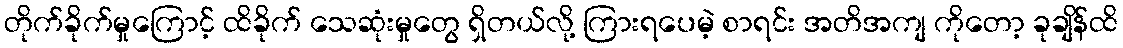
တိုက်ခိုက်မှုကြောင့် ထိခိုက် သေဆုံးမှုတွေ ရှိတယ်လို့ ကြားရပေမဲ့ စာရင်း အတိအကျ ကိုတော့ ခုချိန်ထိ